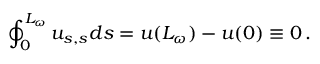
\oint _ { 0 } ^ { L _ { \omega } } u _ { s , s } d s = u ( L _ { \omega } ) - u ( 0 ) \equiv 0 \, .